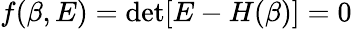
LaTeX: f(\beta,E)=\mathrm{det}[E-H(\beta)]=0